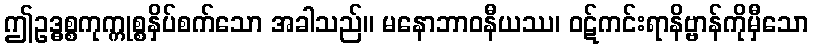
ဤဥဒ္ဓစ္စကုက္ကုစ္စနှိပ်စက်သော အခါသည်။ မနောဘာဝနီယဿ၊ ဝဋ်ကင်းရာနိဗ္ဗာန်ကိုမှီသော